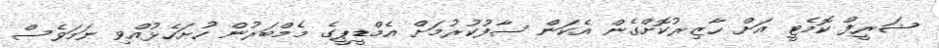
ޝަރީފް ކޮމެޓީ އަށް ހާޒިރުކޮށްގެން އެކަން ސާފުކުރުމަށް އެމްޑީޕީގެ މެމްބަރުން ހުށަހެޅުއްވި ނަމަވެސް